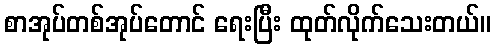
စာအုပ်တစ်အုပ်တောင် ရေးပြီး ထုတ်လိုက်သေးတယ်။